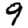
Digit: 9